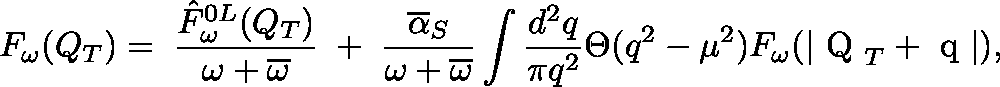
F _ { \omega } ( Q _ { T } ) = \; \frac { \hat { F } _ { \omega } ^ { 0 L } ( Q _ { T } ) } { \omega + \overline { { { \omega } } } } \; + \; \frac { \overline { { { \alpha } } } _ { S } } { \omega + \overline { { { \omega } } } } \int \frac { d ^ { 2 } q } { \pi q ^ { 2 } } \Theta ( q ^ { 2 } - \mu ^ { 2 } ) F _ { \omega } ( | \mathrm { \boldmath ~ Q ~ } _ { T } + \mathrm { \boldmath ~ q ~ } | ) ,